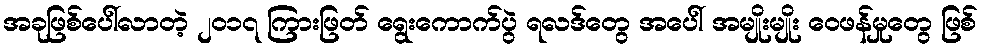
အခုဖြစ်ပေါ်လာတဲ့ ၂ဝ၁၇ ကြားဖြတ် ရွေးကောက်ပွဲ ရလဒ်တွေ အပေါ် အမျိုးမျိုး ဝေဖန်မှုတွေ ဖြစ်